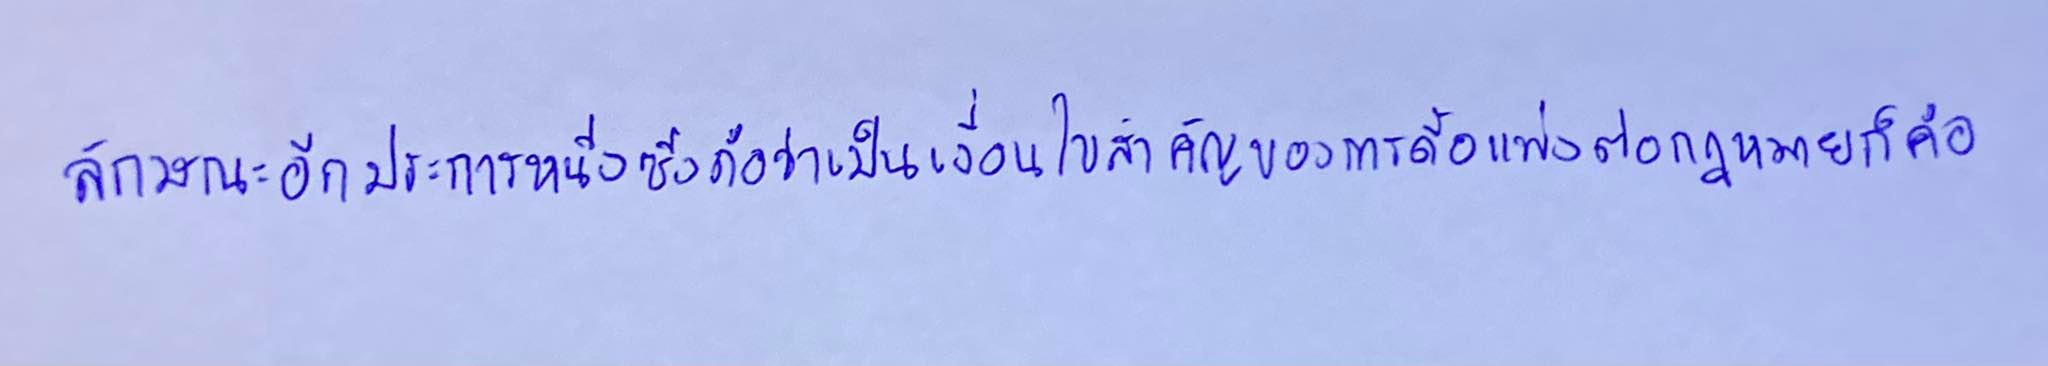
ลักษณะอีกประการหนึ่งซึ่งถือว่าเป็นเงื่อนไขสำคัญของการดื้อแพ่งต่อกฎหมายก็คือ